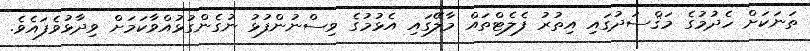
ތަނަކަށް ހެދުމުގެ މަޤްސަދުގައި އިތުރު ފެލެޓްތައް މާލޭގައި އެޅުމުގެ ވިސްނުންފުޅު ނުގެންގުޅުއްވާކަމަށް ވިދާޅުވެފައެވެ.